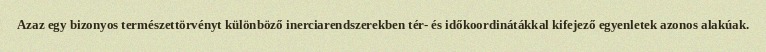
Azaz egy bizonyos természettörvényt különböző inerciarendszerekben tér- és időkoordinátákkal kifejező egyenletek azonos alakúak.